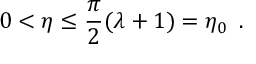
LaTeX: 0 < \eta \leq \frac { \pi } { 2 } ( \lambda + 1 ) = \eta _ { 0 } \, \, \, .